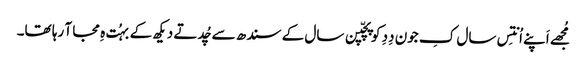
مُجھے اَپنے اُنتِس سال کِ جون دِدِ کو پچّپن سال کے سندھ سے چُدتے دیکھ کے بہُت ہِ مجا آ رہا تھا۔